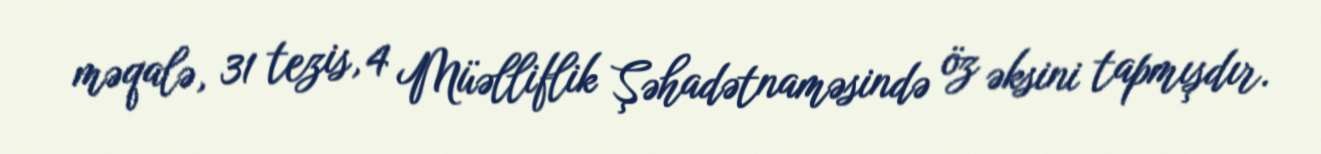
məqalə, 31 tezis, 4 Müəlliflik Şəhadətnaməsində öz əksini tapmışdır.